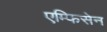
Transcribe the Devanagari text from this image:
एम्फिसेन